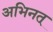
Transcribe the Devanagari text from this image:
अभिनत्